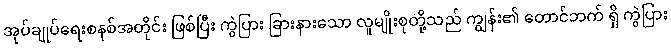
အုပ်ချုပ်ရေးစနစ်အတိုင်း ဖြစ်ပြီး ကွဲပြား ခြားနားသော လူမျိုးစုတို့သည် ကျွန်း၏ တောင်ဘက် ရှိ ကွဲပြား